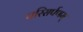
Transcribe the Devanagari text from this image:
परिसर्पणम्